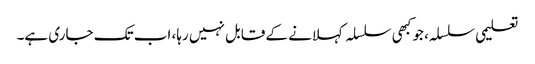
تعلیمی سلسلہ، جو کبھی سلسلہ کہلانے کے قابل نہیں رہا، اب تک جاری ہے۔